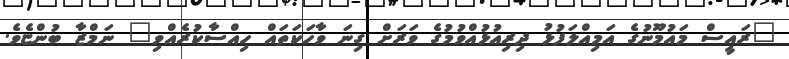
"ރައީސް މައުމޫނުގެ އަމިއްލަފުޅު ދިރިއުޅުއްވުމުގެ ވަރަށް ގިނަ ވާހަކަތައް ހިއްސާކުރެއްވި" ނަމްޒާ ބުންޏެވެ.